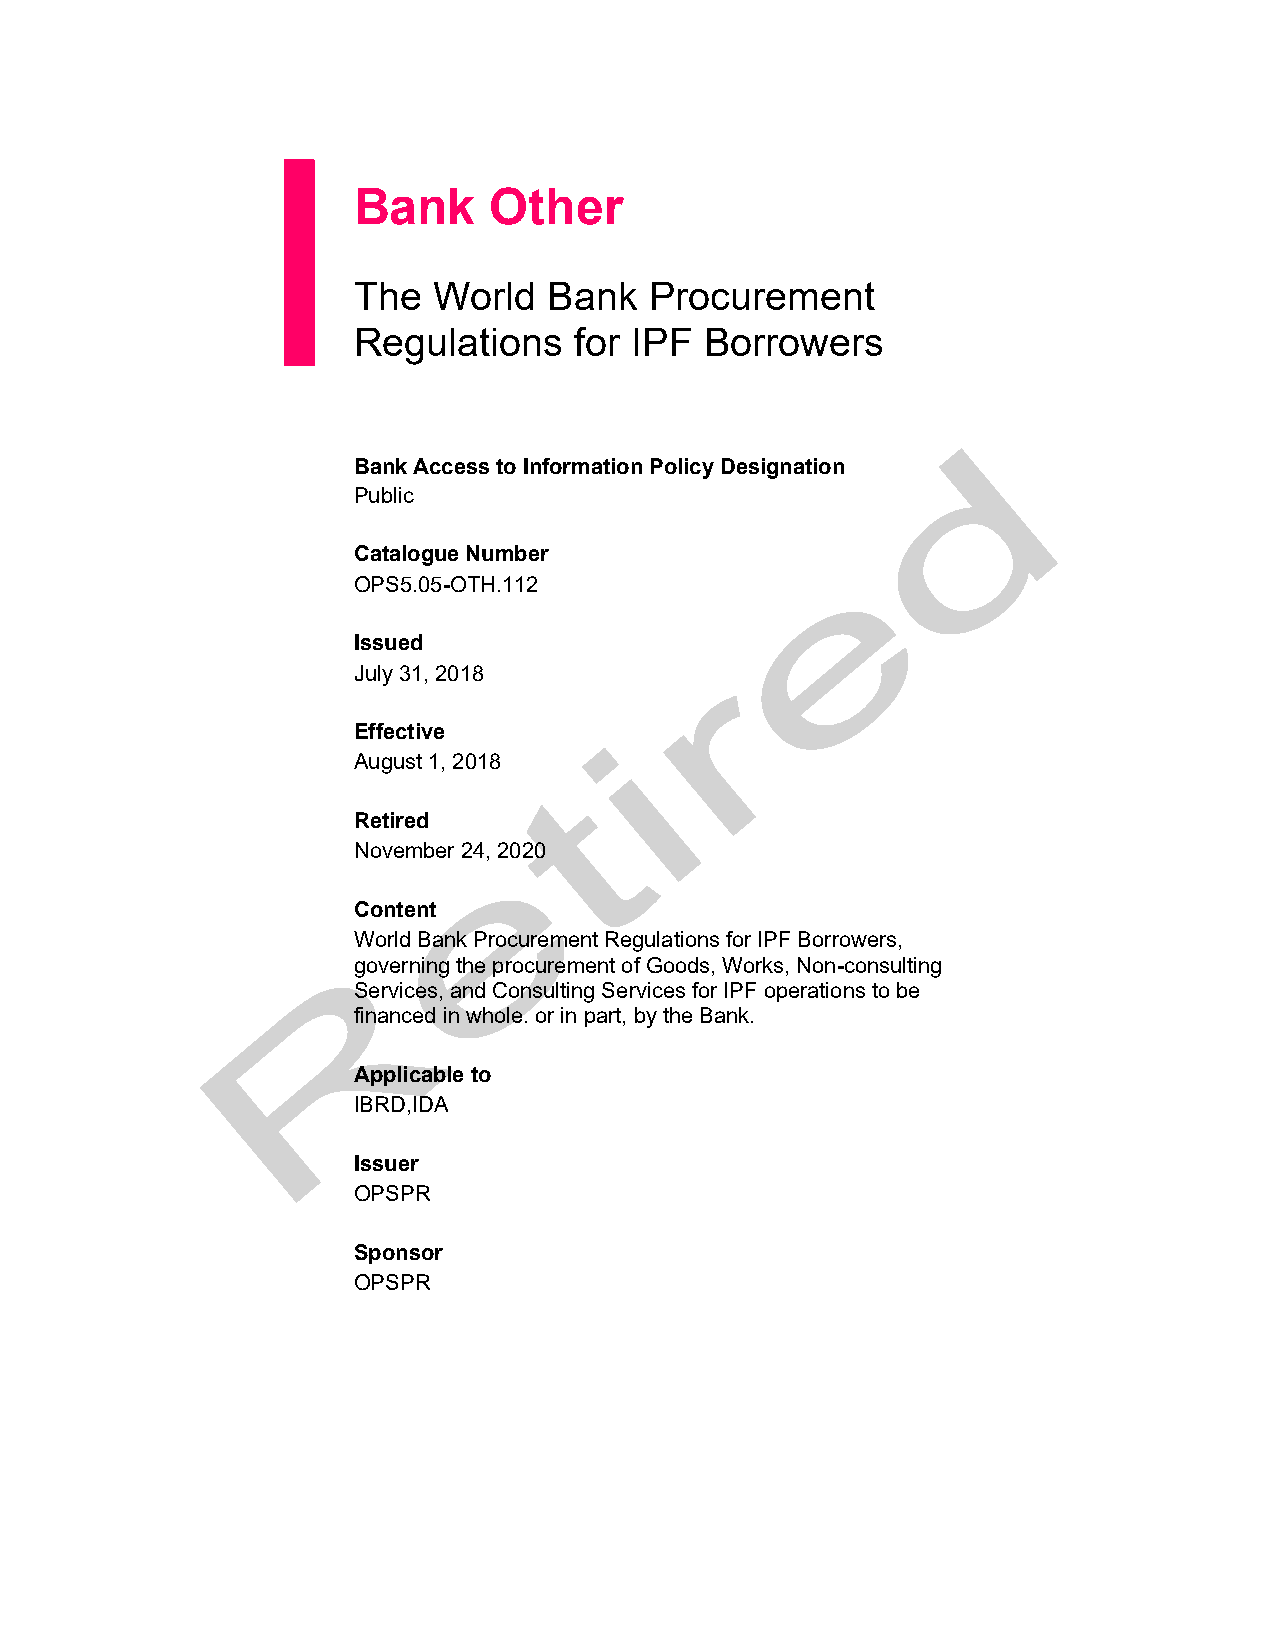
Bank     Other
 The   World  Bank   Procurement
 Regulations    for IPF  Borrowers
 Bank Access to Information Policy Designation
 Public
 Catalogue Number
 OPS5.05-OTH.112
 Issued
 July 31, 2018
 Effective
 August 1, 2018
 Retired
 November 24, 2020
 Content
 World Bank Procurement Regulations for IPF Borrowers,
 governing the procurement of Goods, Works, Non-consulting
 Services, and Consulting Services for IPF operations to be
 financed in whole. or in part, by the Bank.
 Applicable to
 IBRD,IDA
 Issuer
 OPSPR
 Sponsor
 OPSPR